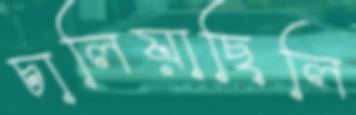
চালিয়াছিলি